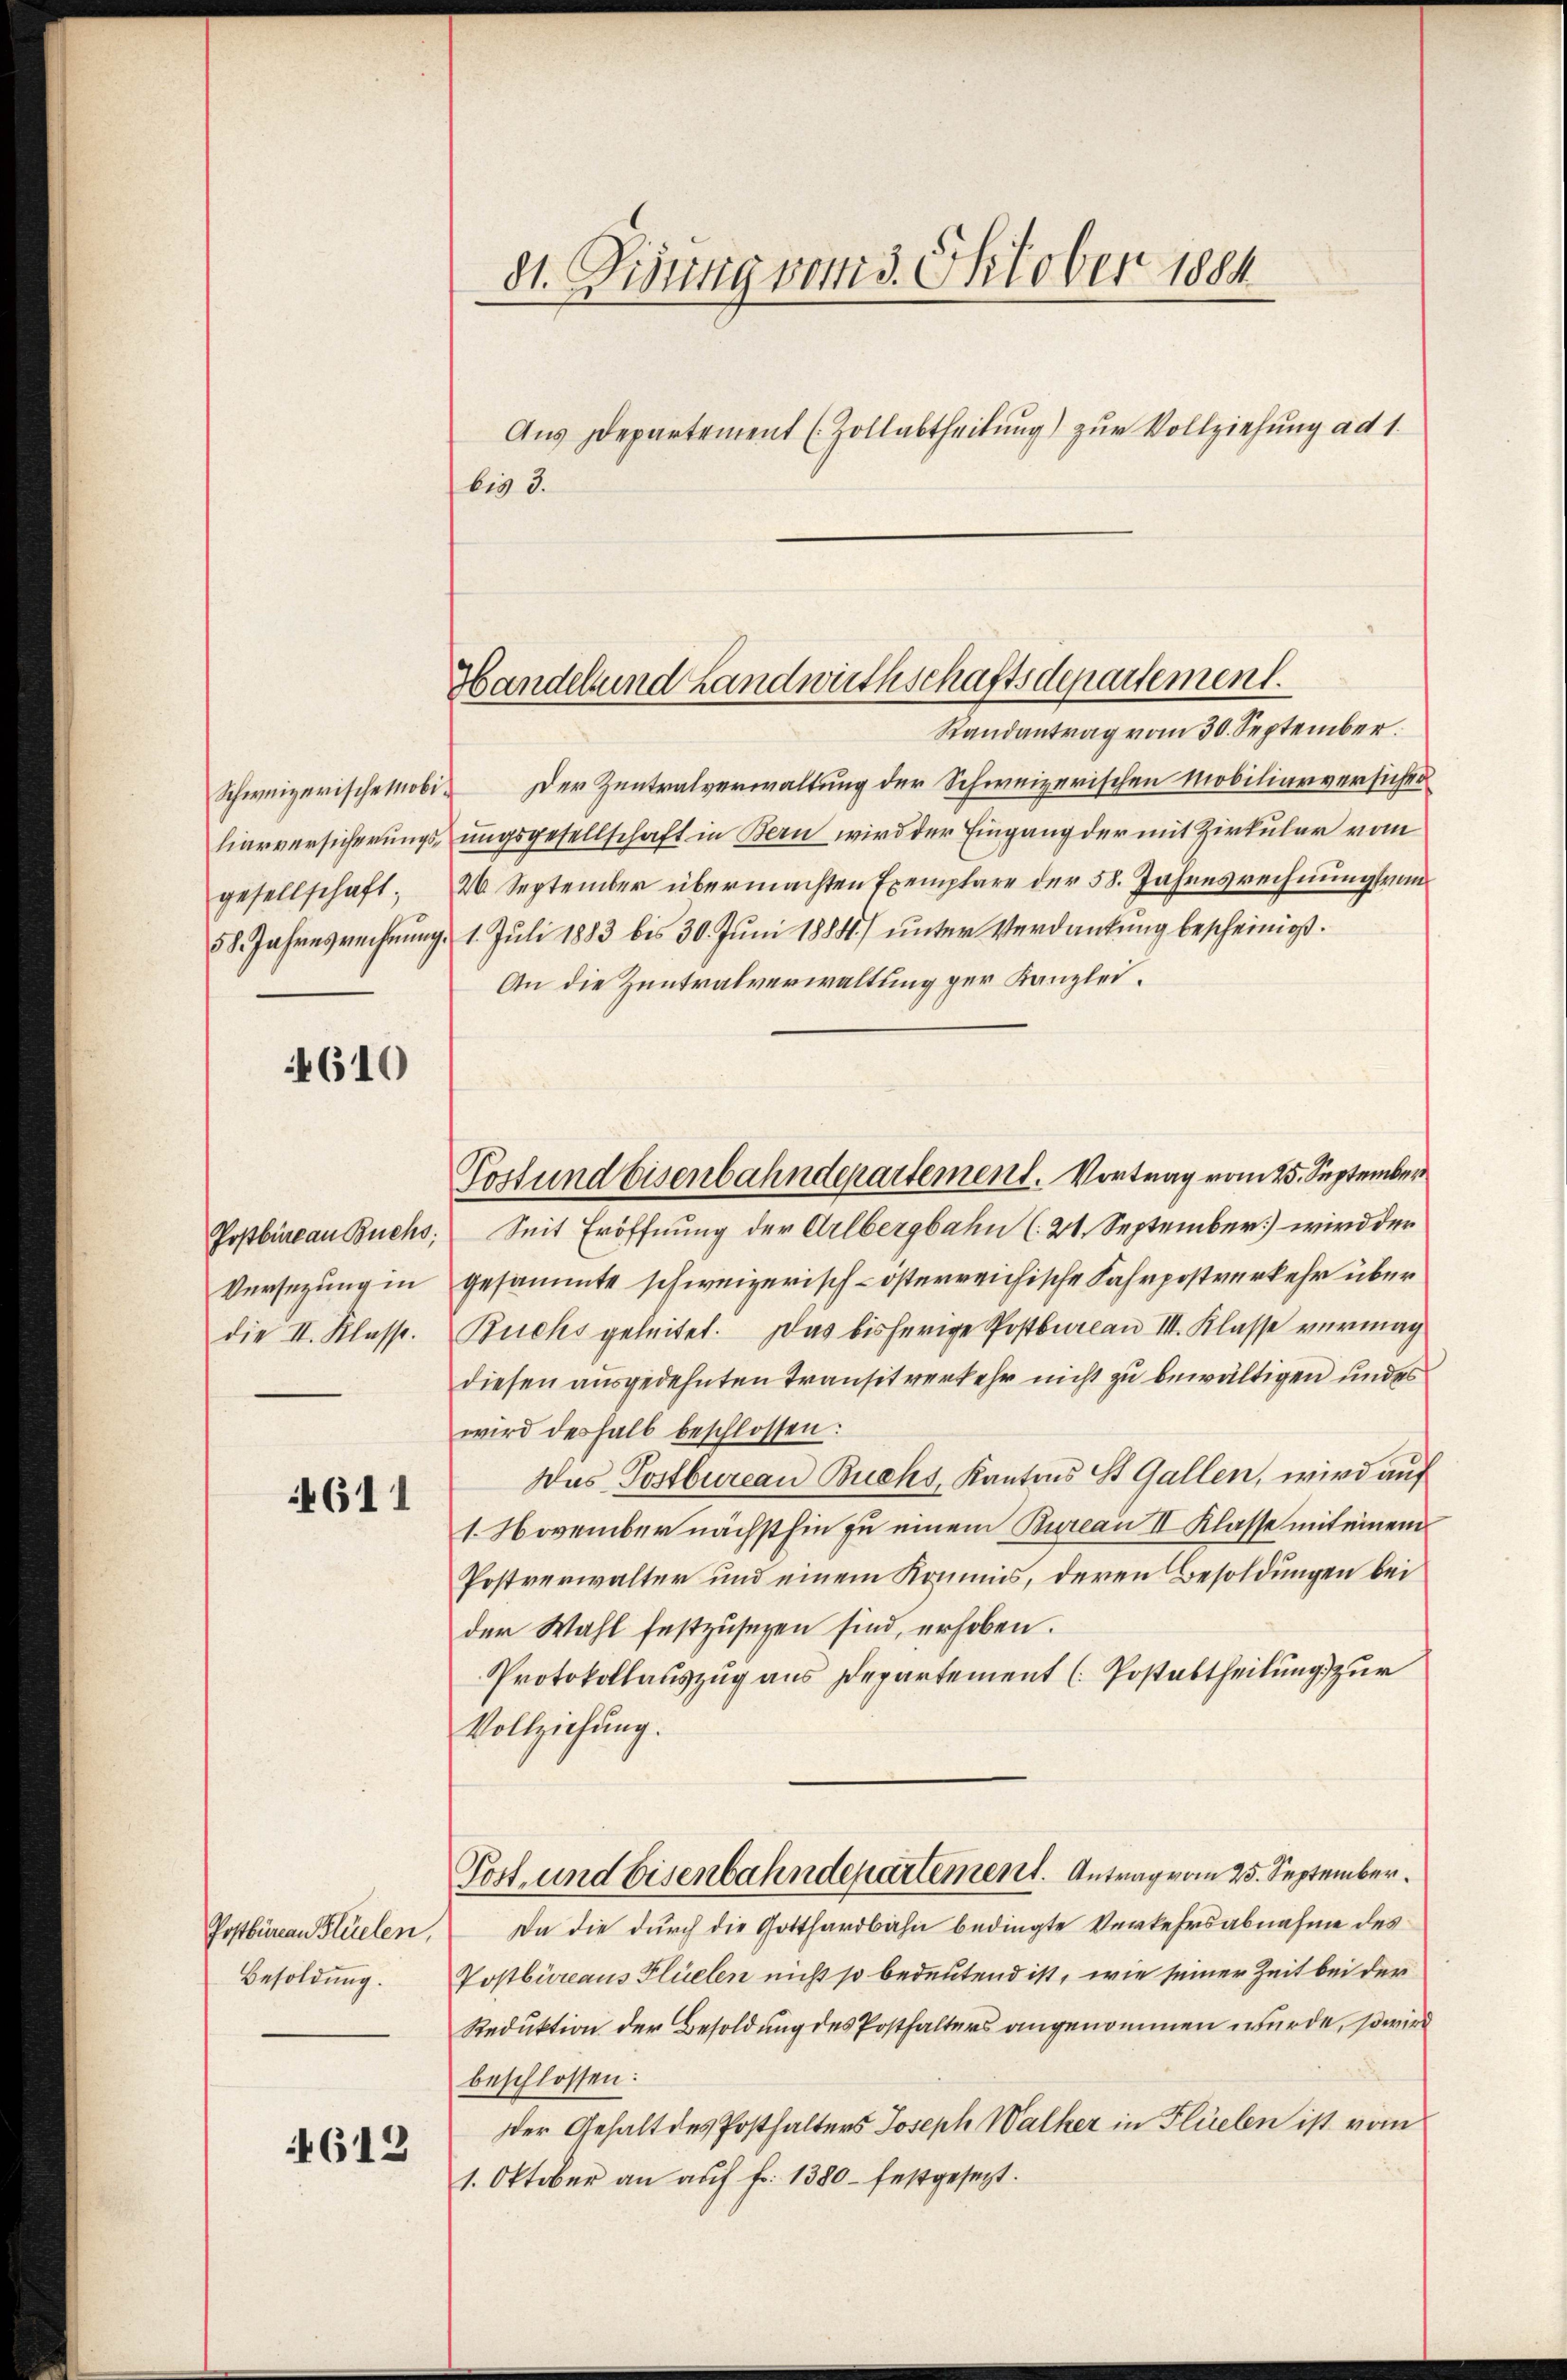
Schweizerische Mobi
liarversicherungsgesellschaft;
58. Jahresrechnung.

4610

Postbüreau Buchs,
Versetzung in
die II. Klasse.

4611

Postbüreau lüelen,
Besoldung.

4613

dt. Fisung vom 3. Oktober 1884
Aus Departement (Zollabtheilung) zur Vollziehung ad 1.
bis 3.

Handel und Landwirthschaftsdepartement.

Postund Eisenbahndepartement. Vortrag vom 25. September

Randantrag vom 30. September.
Der Zentralverwaltung der Schweizerischen Mobiliarversicher
ungsgesellschaft in Bern wird der Eingang der mit Zirkular vom
26 September übermachten Exemplare der 58. Jahresrechnung vom
1. Juli 1883 bis 30. Juni 1884) unter Verdankung bescheinigt.
An die Zentralverwaltung der Kanzlei.
Seit Eröffnung der Arlbergbahn (21. September] wird der
gesammte schweizerisch-österreichische Fahrpostverkehr über
Buchs geleitet. Das bisherige Postbureau III. Klasse vermag
diesen ausgedehnten Transitverkehr nicht zu bewältigen und es
wird deshalb beschlossen:
Das Postbureau Buchs, Kantons St. Gallen, wird auf
1. November nächsthin zu einem Bureau II Klasse mit einem
Postverwalter und einem Kommis, deren Besoldungen bei
der Wahl festzusetzen sind, erhoben.
Protokollauszug aus Departement (Postabtheilung zur
Vollziehung.
Post- und Eisenbahndepartement. Antrag vom 25. September.
Da die durch die Gotthardbahn bedingte Verkehrsabnahme des
Postbureaus Flüelen nicht so bedeutend ist, wie seiner Zeit bei der
Reduktion der Besoldung des Posthalters angenommen wurde, so wird
beschlossen:
der Gehalt des Posthalters Joseph Walker in Flüelen ist vom
1. Oktober an auf fr. 1380 - festgesezt.